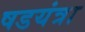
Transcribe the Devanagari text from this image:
षडयंत्रा